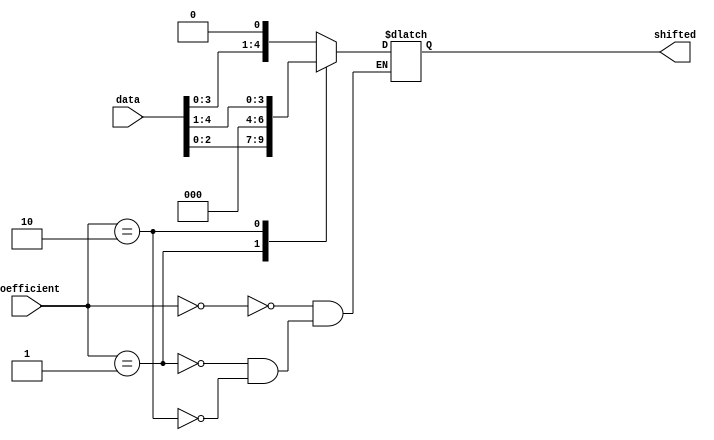
`timescale 1ns/1ns
module Shifter (
    data,
    coefficient,
    shifted
);
    parameter size = 5;

    input [size-1:0]data;
    input [1:0]coefficient;

    output reg [size-1:0]shifted;

    parameter [1:0] 
        LEFT2 = 2'b00,
        LEFT4 = 2'b01,
        RIGHT = 2'b10;

    always @(*) begin
        case (coefficient)
            LEFT2: shifted = data << 1'b1;
            LEFT4: shifted = data << 2'b10;
            RIGHT: shifted = data >> 1'b1;
        endcase
    end

endmodule